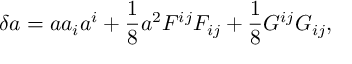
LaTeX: \delta a = a a _ { i } a ^ { i } + \frac { 1 } { 8 } a ^ { 2 } F ^ { i j } F _ { i j } + \frac { 1 } { 8 } G ^ { i j } G _ { i j } ,